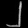
Digit: ၂